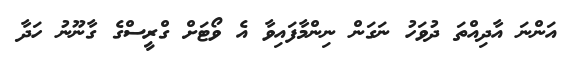
އަންނަ އާދިއްތަ ދުވަހު ނަގަން ނިންމާފައިވާ އެ ވޯޓަށް ގްރީސްގެ ގާނޫނު ހަދާ